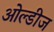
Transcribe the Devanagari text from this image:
ओल्डीज